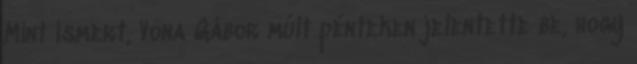
Mint ismert, Vona Gábor múlt pénteken jelentette be, hogy